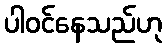
ပါဝင်နေသည်ဟု